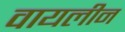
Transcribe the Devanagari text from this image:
वायलीन